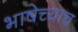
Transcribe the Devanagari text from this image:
भाषेच्याच